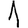
Digit: 1